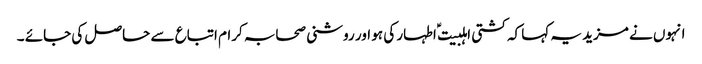
انہوں نے مزید یہ کہا کہ کشتی اہلبیت ؑ اطہار کی ہو اور روشنی صحابہ کرام اتباع سے حاصل کی جائے ۔